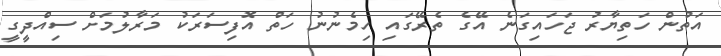
އަތުން ހަތިޔާރު ޖަހައިގަނެ އޭގެ ތެރޭގައި ހިމެނުނު ހަތް އޮފިސަރަކު މަރާލުމަށް ސިއްދީގީ